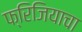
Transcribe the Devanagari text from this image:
फ्रिजियाचा